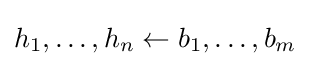
h_{1},\ldots ,h_{n}\leftarrow b_{1},\ldots ,b_{m}